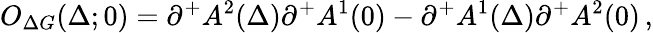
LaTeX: O_{\Delta G}(\Delta;0)=\partial^{+}A^{2}(\Delta)\partial^{+}A^{1}(0)-\partial^{+}A^{1}(\Delta)\partial^{+}A^{2}(0)\, ,